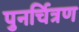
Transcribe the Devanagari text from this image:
पुनर्चित्रण